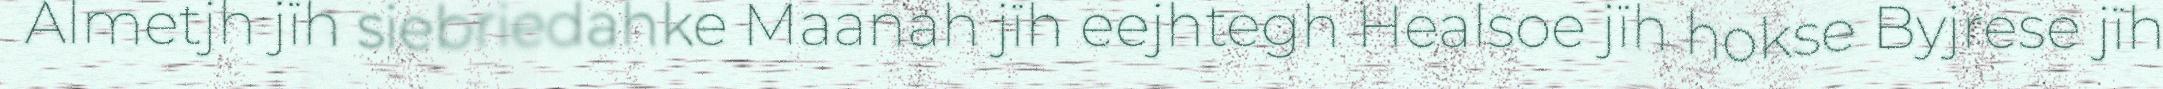
Almetjh jïh siebriedahke Maanah jïh eejhtegh Healsoe jïh hokse Byjrese jïh